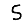
Digit: 5